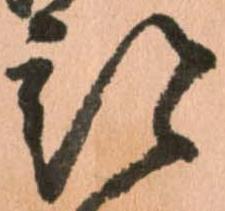
部